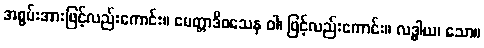
အစွမ်းအားဖြင့်လည်းကောင်း။ မေတ္တာဒိဝသေန ဝါ၊ ဖြင့်လည်းကောင်း။ လဒ္ဓါယ၊ သော။